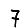
Digit: 7